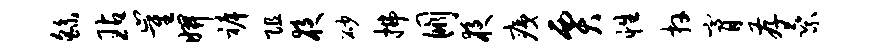
繇玷崔妍裤阻夜砂拂朋夜痍贾性卉膏存乘